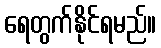
ရေတွက်နိုင်ရမည်။